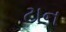
ટાન